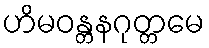
ဟိမဝန္တနဂုတ္တမေ